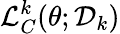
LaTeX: \mathcal{L}_{C}^{k}(\theta;\mathcal{D}_{k})